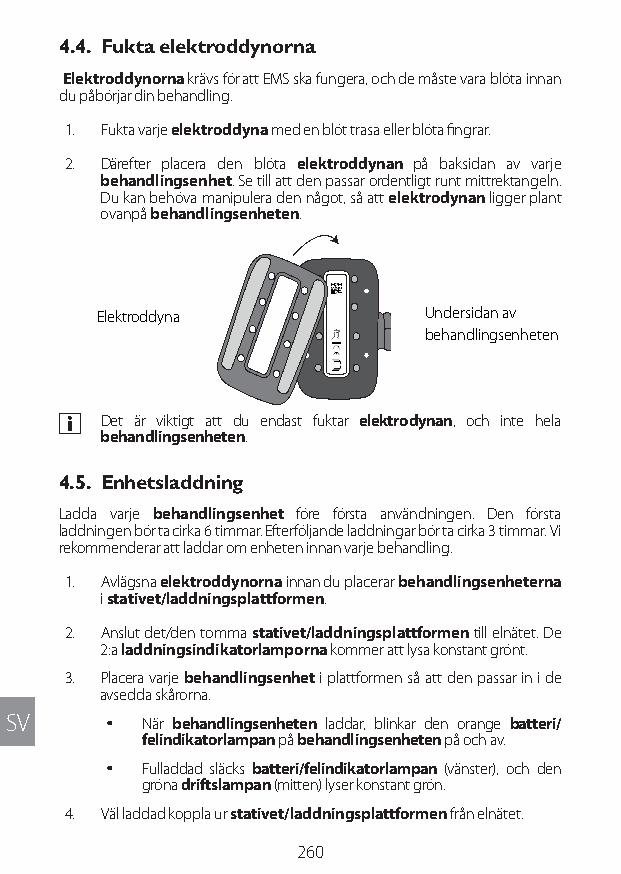
4.4. Fukta elektroddynorna
 Elektroddynorna krävs för att EMS ska fungera, och de måste vara blöta innan
 du påbörjar din behandling.
 1. Fukta varje elektroddyna med en blöt trasa eller blöta fingrar.
 2. Därefter placera den blöta elektroddynan på baksidan av varje
 behandlingsenhet. Se till att den passar ordentligt runt mittrektangeln.
 Du kan behöva manipulera den något, så att elektrodynan ligger plant
 ovanpå behandlingsenheten.
 Elektroddyna          Undersidan av
 behandlingsenheten
 a Det är viktigt att du endast fuktar elektrodynan, och inte hela
 behandlingsenheten.
 4.5. Enhetsladdning
 Ladda varje behandlingsenhet före första användningen. Den första
 laddningen bör ta cirka 6 timmar. Efterföljande laddningar bör ta cirka 3 timmar. Vi
 rekommenderar att laddar om enheten innan varje behandling.
 1. Avlägsna elektroddynorna innan du placerar behandlingsenheterna
 i stativet/laddningsplattformen.
 2. Anslut det/den tomma stativet/laddningsplattformen till elnätet. De
 2:a laddningsindikatorlamporna kommer att lysa konstant grönt.
 3. Placera varje behandlingsenhet i plattformen så att den passar in i de
 avsedda skårorna.
 SV     y När behandlingsenheten laddar, blinkar den orange batteri/
 felindikatorlampan på behandlingsenheten på och av.
 y Fulladdad släcks batteri/felindikatorlampan (vänster), och den
 gröna driftslampan (mitten) lyser konstant grön.
 4. Väl laddad koppla ur stativet/laddningsplattformen från elnätet.
 260
 Lipo UM EU124 3545B inside ALL EU124 ED296-24 release.indd 260 14/08/2018 10:57:48